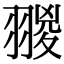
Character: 翪